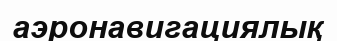
аэронавигациялық